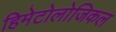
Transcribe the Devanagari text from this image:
हिमेटोलोजिकल